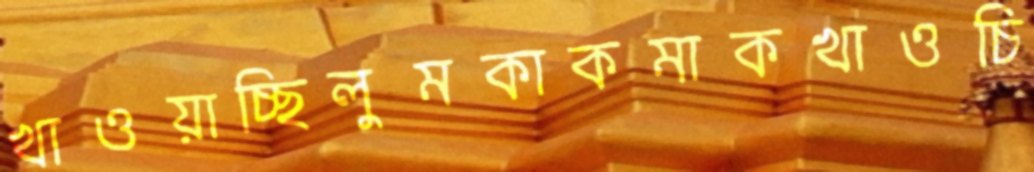
খাওয়াচ্ছিলুমকাকমাকখাওচি